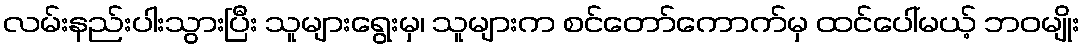
လမ်းနည်းပါးသွားပြီး သူများရွေးမှ၊ သူများက စင်တော်ကောက်မှ ထင်ပေါ်မယ့် ဘဝမျိုး